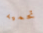
تحميه